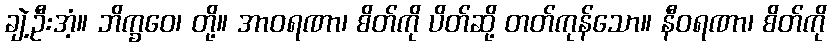
ချဲ့ဦးအံ့။ ဘိက္ခဝေ၊ တို့။ အာဝရဏာ၊ စိတ်ကို ပိတ်ဆို့ တတ်ကုန်သော။ နီဝရဏာ၊ စိတ်ကို